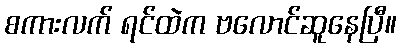
စကားလက် ရင်ထဲက ဗလောင်ဆူနေပြီ။